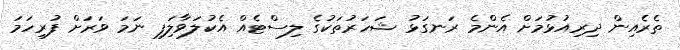
ތެރެއިން ދިރިއުޅުމަށް އެންމެ ރަނގަޅު ޝަހަރުތަކުގެ ލިސްޓެއް އެކުލަވާލަިފި ނަމަ ވަރަށް ފުރިހަމަ